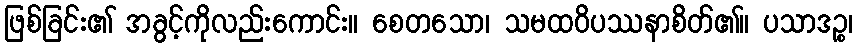
ဖြစ်ခြင်း၏ အခွင့်ကိုလည်းကောင်း။ စေတသော၊ သမထဝိပဿနာစိတ်၏။ ပသာဒဉ္စ၊